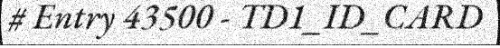
# Entry 43500 - TD1_ID_CARD